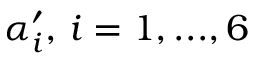
\alpha _ { i } ^ { \prime } , \, i = 1 , . . . , 6